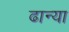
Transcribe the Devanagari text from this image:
ढान्या